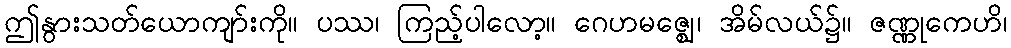
ဤနွားသတ်ယောကျာ်းကို။ ပဿ၊ ကြည့်ပါလော့။ ဂေဟမဇ္ဈေ၊ အိမ်လယ်၌။ ဇဏ္ဏုကေဟိ၊